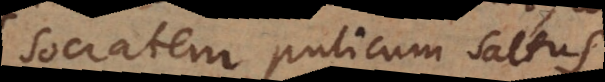
Socratem pulicum saltus